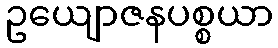
ဥယျောဇနပစ္စယာ